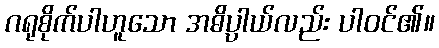
ဂရုစိုက်ပါဟူသော အဓိပ္ပာယ်လည်း ပါဝင်၏။